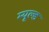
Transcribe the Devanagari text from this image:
म्यूल्ड